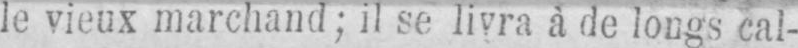
le vieux marchand; il se livra à de longs cal-